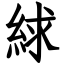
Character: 絿